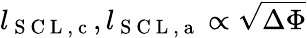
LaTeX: l_{\mathrm{~S~C~L~,~c~}},l_{\mathrm{~S~C~L~,~a~}}\propto\sqrt{\Delta\Phi}